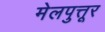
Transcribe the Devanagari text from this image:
मेलपुत्तूर